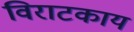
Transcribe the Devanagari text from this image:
विराटकाय